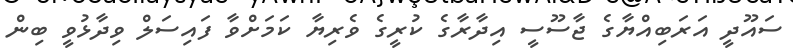
ސައޫދީ އަރަބިއްޔާގެ ޖާސޫސީ އިދާރާގެ ކުރީގެ ވެރިޔާ ކަމަށްވާ ފައިސަލް ވިދާޅުވީ ބިން